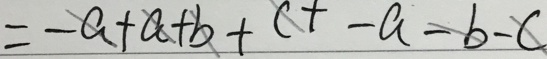
= - a + a + b + c + - a - b - c